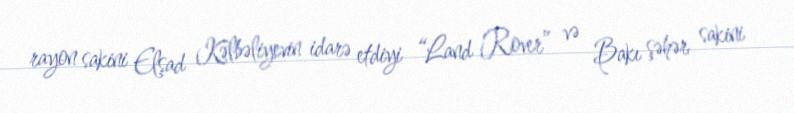
rayon sakini Elşad Kəlbəliyevin idarə etdiyi “Land Rover” və Bakı şəhər sakini